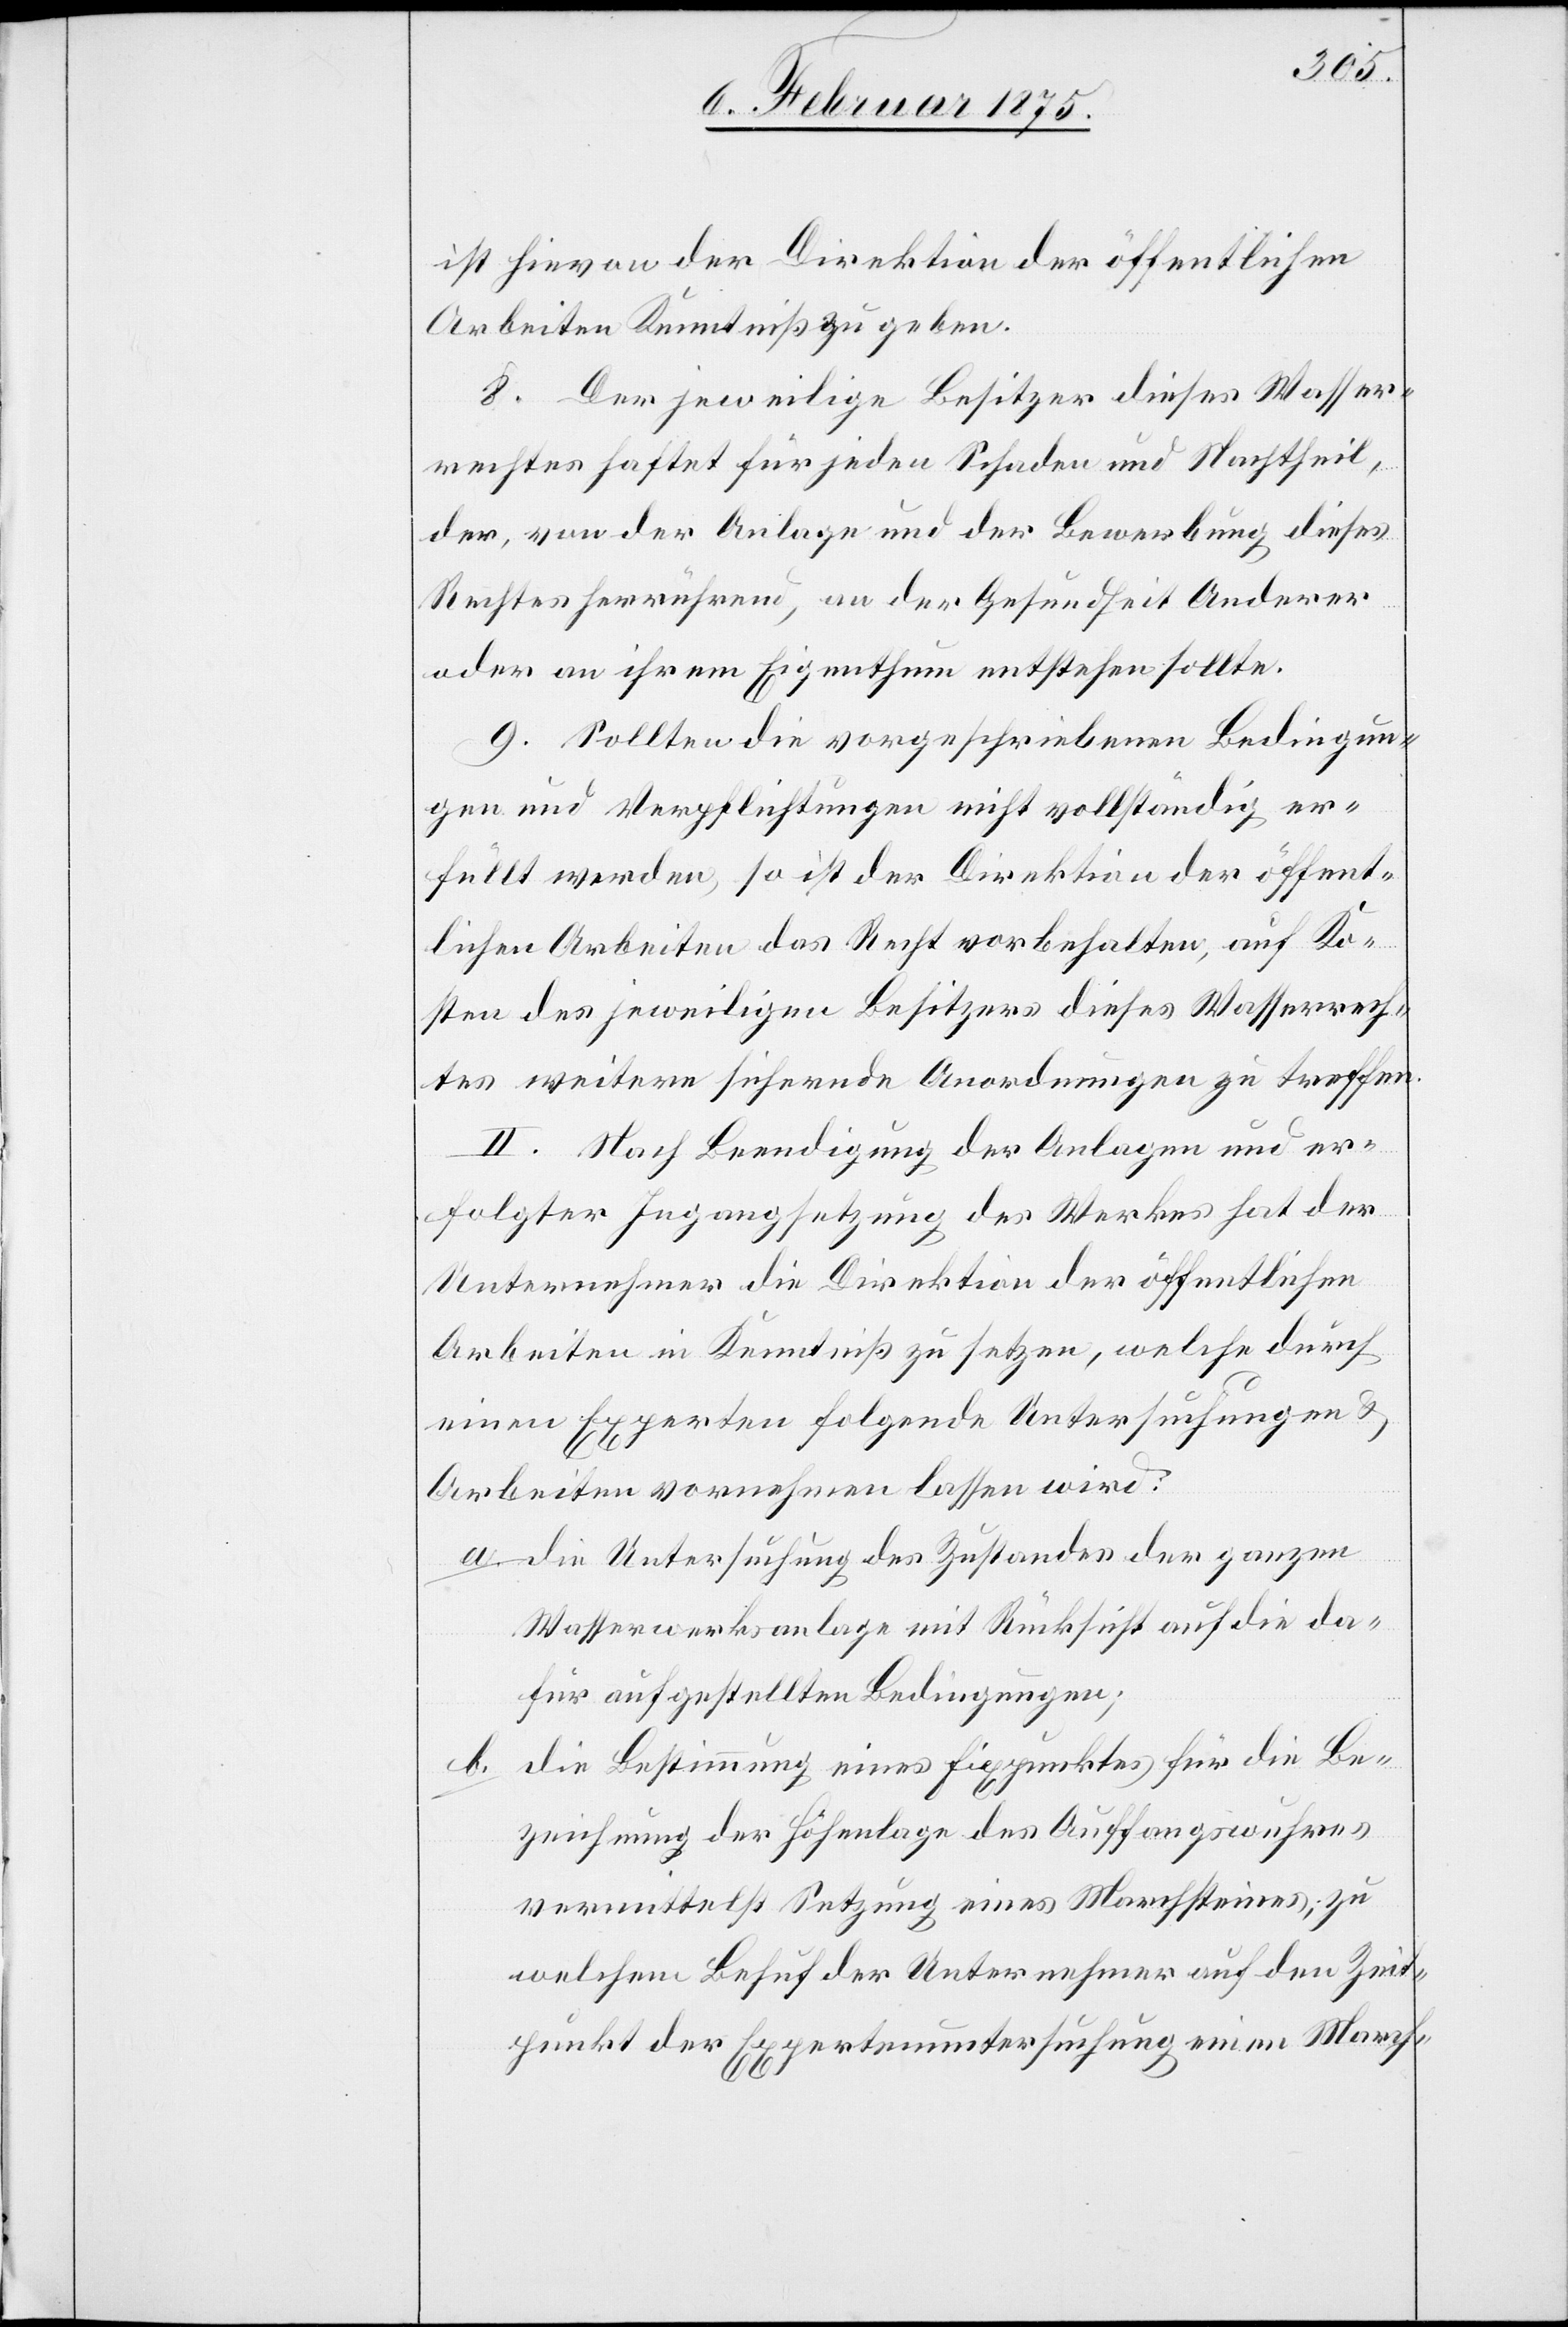
ist hievon der Direktion der öffentlichen
Arbeiten Kenntniß zu geben.
8. Der jeweilige Besitzer dieses Wasser¬
rechtes haftet für jeden Schaden und nachtheil,
der, von der Anlage und der Bewerbung dieses
Rechtes herrührend, an der Gesundheit Anderer
oder an ihrem Eigenthum entstehen sollte.
9. Sollten die vorgeschriebenen Bedingun¬
gen und Verpflichtungen nicht vollständig er¬
füllt werden, so ist der Direktion der öffent¬
lichen Arbeiten das Recht vorbehalten, auf Ko¬
sten des jeweiligen Besitzers dieses Wasserrech¬
tes weitere sichernde Anordnungen zu treffen.
II. Nach Beendigung der Anlagen und er¬
folgter Ingangsetzung des Werkes hat der
Unternehmern die Direktion der öffentlichen
Arbeiten in Kenntniß zu setzen, welche durch
einen Experten folgende Untersuchungen &
Arbeiten vornehmen lassen wird:
a. die Untersuchung des Zustandes der ganzen
Wasserwerksanlage mit Rücksicht auf die da¬
für aufgestellten Bedingungen;
die Bestimmung eines Fixpunktes für die Be¬
b.
zeichnung der Höhenlage des Auffangswuhres
vermittelst Setzung eines Marchsteines; zu
welchem Behuf der Unternehmer auf den Zeit¬
punkt der Expertenuntersuchung einen March-